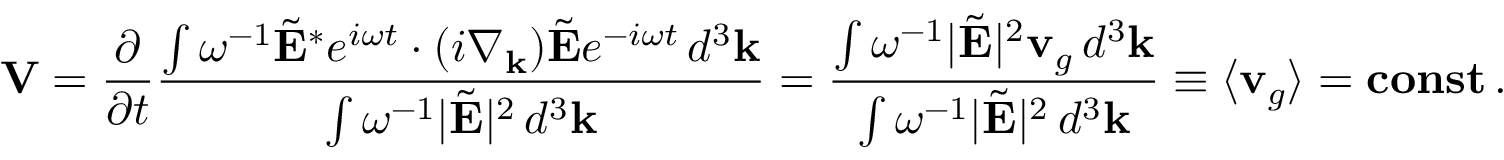
{ \bf V } = \frac { \partial } { \partial t } \frac { \int \omega ^ { - 1 } \tilde { \bf E } ^ { * } e ^ { i \omega t } \cdot ( i { \nabla } _ { \bf k } ) \tilde { \bf E } e ^ { - i \omega t } \, d ^ { 3 } { \bf k } } { \int \omega ^ { - 1 } | \tilde { \bf E } | ^ { 2 } \, d ^ { 3 } { \bf k } } = \frac { \int \omega ^ { - 1 } | \tilde { \bf E } | ^ { 2 } { \bf v } _ { g } \, d ^ { 3 } { \bf k } } { \int \omega ^ { - 1 } | \tilde { \bf E } | ^ { 2 } \, d ^ { 3 } { \bf k } } \equiv \langle { \bf v } _ { g } \rangle = { \bf c o n s t } \, .